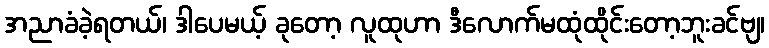
အညာခံခဲ့ရတယ်၊ ဒါပေမယ့် ခုတော့ လူထုဟာ ဒီလောက်မထုံထိုင်းတော့ဘူးခင်ဗျ၊